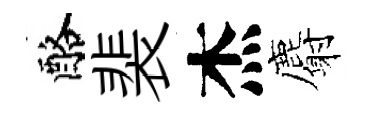
酪裴杰麝